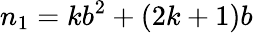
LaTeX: n_{1}=kb^{2}+(2k+1)b